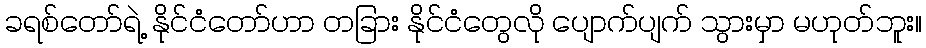
ခရစ်တော်ရဲ့ နိုင်ငံတော်ဟာ တခြား နိုင်ငံတွေလို ပျောက်ပျက် သွားမှာ မဟုတ်ဘူး။